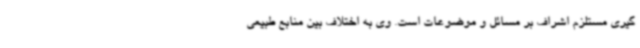
گیری مستلزم اشراف بر مسائل و موضوعات است. وی به اختلاف بین منابع طبیعی